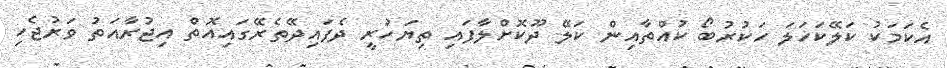
އެކަމަކު ކަލޭކަހަލަ ހަކުރުބޯ ކުއްތާއިން ކަލޭ ދޫކޮށްލާފައި ތިޔަހުރީ ދެފައިދޭތެރޭގައިއޮތް އިޖުރާއަތު ވަރުޖެހި